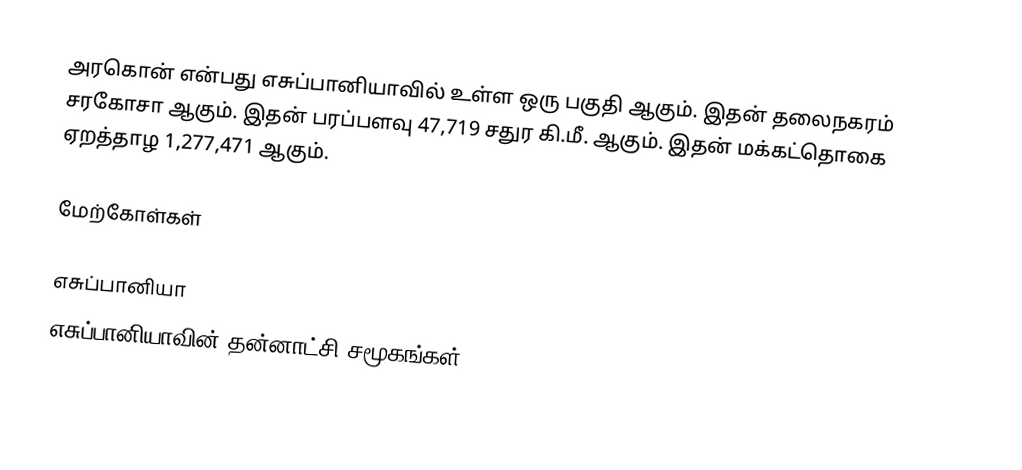
அரகொன் என்பது எசுப்பானியாவில் உள்ள ஒரு பகுதி ஆகும். இதன் தலைநகரம் சரகோசா ஆகும். இதன் பரப்பளவு 47,719 சதுர கி.மீ. ஆகும். இதன் மக்கட்தொகை ஏறத்தாழ 1,277,471 ஆகும்.

மேற்கோள்கள்

எசுப்பானியா
எசுப்பானியாவின் தன்னாட்சி சமூகங்கள்